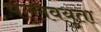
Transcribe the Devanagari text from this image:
पल्लवयुता